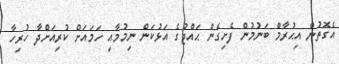
އެގޮތުން އިޙުރާމް ބަނުމުން ފެށިގެން ޙައްޖުގެ އަޅުކަން ނިމުމާއި ހަމައަށް ކުރިއަށްދާ ހުރިހާ